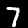
Label: 7